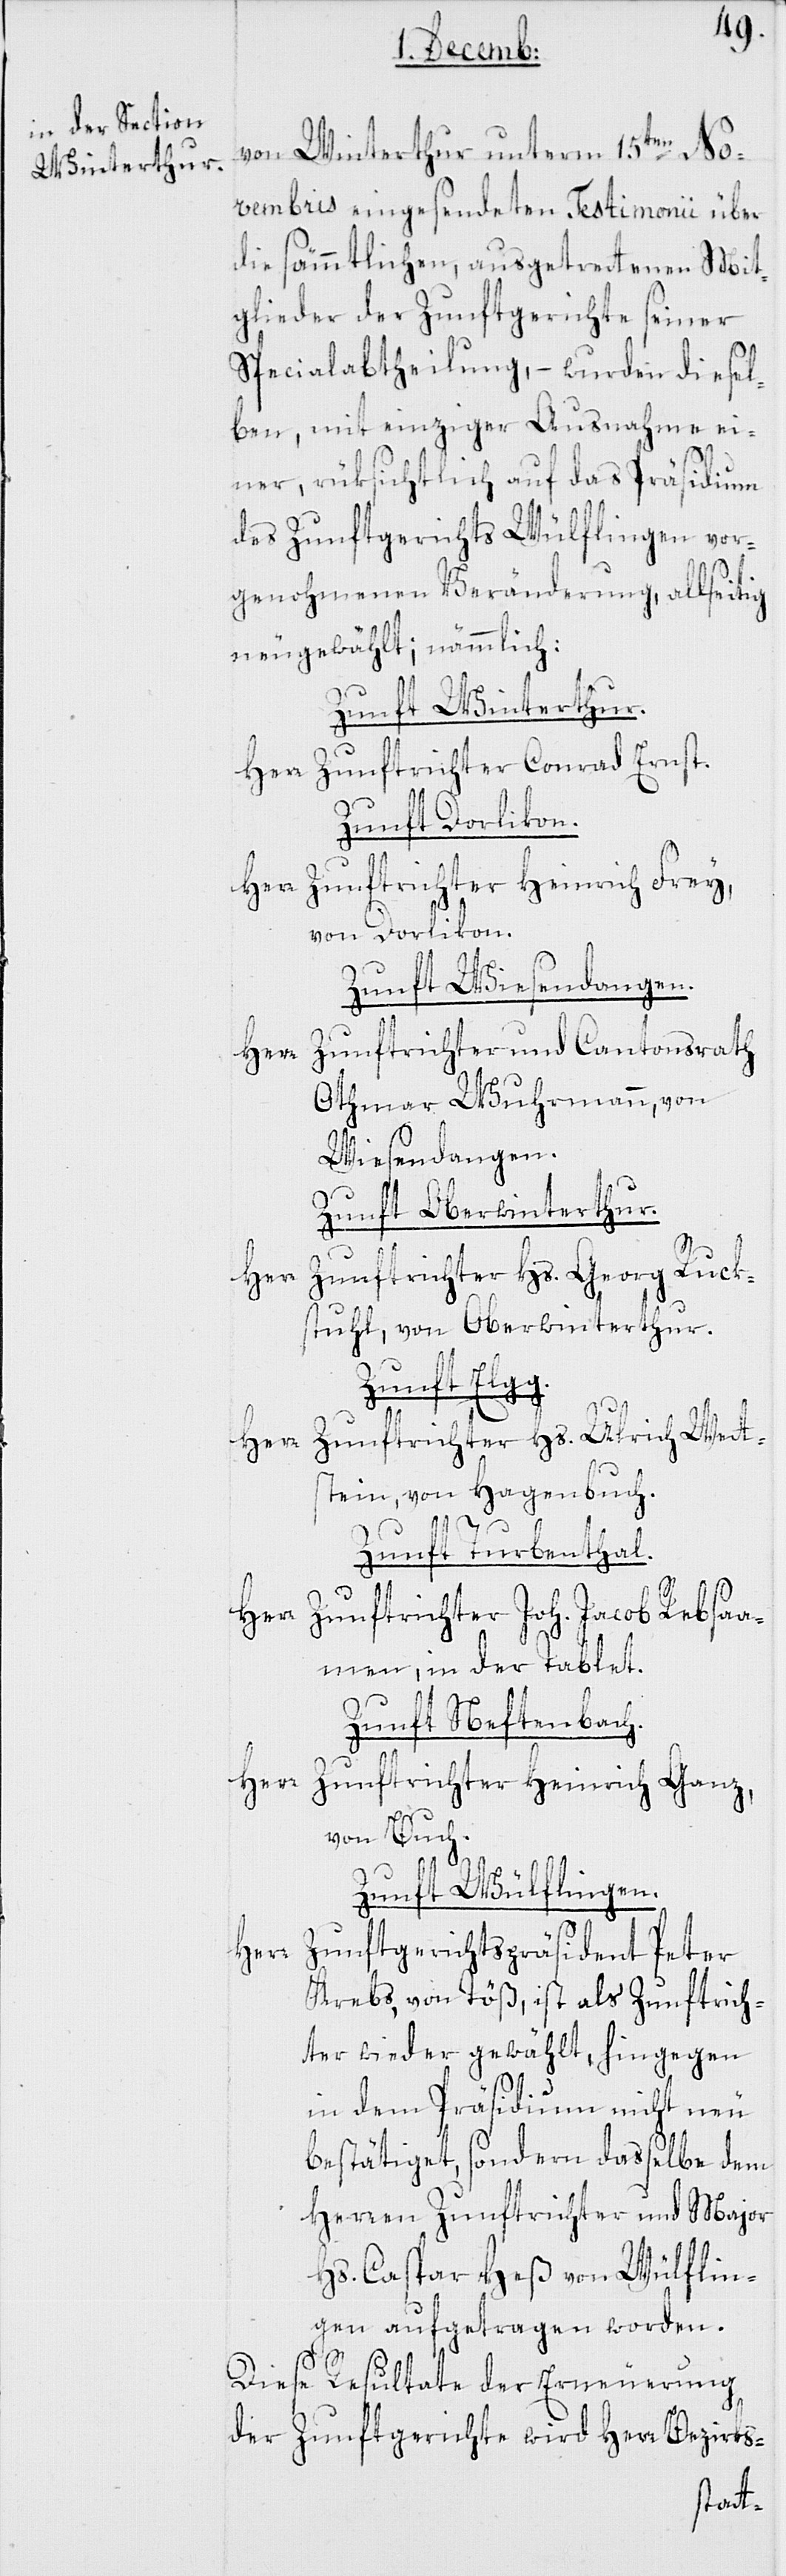
von Winterthur unterm 15ten No¬
vembris eingesendeten Testimonii über
die sämmtlichen, ausgetrettenen Mit¬
glieder der Zunftgerichte seiner
Spezialabtheilung, – wurden diesel¬
ben, mit einziger Ausnahme ei¬
ner, rüksichtlich auf das Präsidium
des Zunftgerichts Wülflingen vor¬
genohmenen Veränderung, allseitig
neu gewählt; nämmlich:
Zunft Winterthur.
Herr Zunftrichter Conrad Ernst.
Zunft Dorlikon.
Herr Zunftrichter Heinrich Frey
von Dorlikon.
Zunft Wiesendangen.
Herr Zunftrichter und Cantonsrath
Othmar Wuhrmann, von
Wiesendangen.
Zunft Oberwinterthur.
Zunftrichter Hs. Georg Ruck¬
stuhl, von Oberwinterthur.
Zunft Elgg.
Herr Zunftrichter Hs. Ulrich Wett¬
stein, von Hagenbuch.
Zunft Turbenthal.
Herr Zunftrichter Joh. Jacob Rebsaa¬
men, in der Tablet.
Zunft Neftenbach.
Herr Zunftrichter Heinrich Ganz,
von Buch.
Zunft Wülflingen.
Zunftgerichtspräsident Peter
Herr
Krebs, von Töß, ist als Zunftrich¬
ter wieder gewählt, hingegen
in dem Präsidium nicht neu
bestätiget, sondern dasselbe dem
Herren Zunftrichter und Major
Hs. Caspar Heß von Wülflin¬
gen aufgetragen worden.
Diese Resultate der Erneuerung
der Zunftgerichte wird Herr Bezirks-